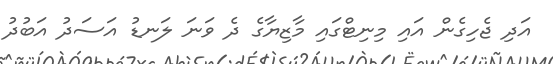
އަދި ޖެހިގެން އައި މިނިޓްގައި މާޒިޔާގެ ދެ ވަނަ ލަނޑު އަސަދު އަބުދު